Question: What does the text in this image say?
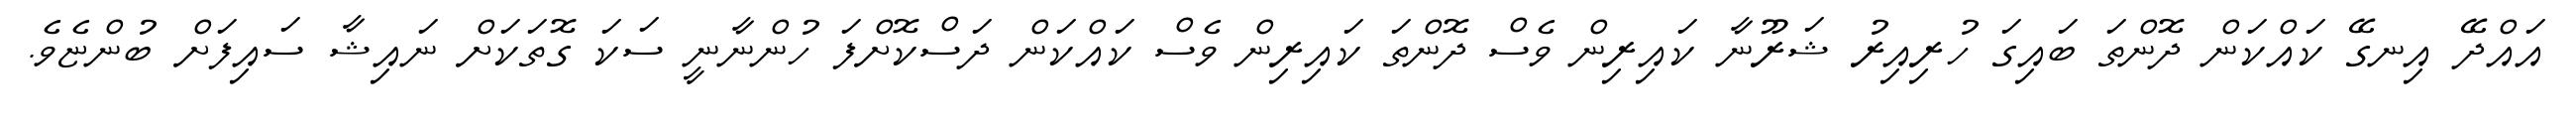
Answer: އައްދޭ އިނގޭ ކައްކަން ދޮންތަ ބައިގަ ހުރިއިރު ޝަރޫނާ ކައިރިން ވެސް ދޮންތަ ކައިރިން ވެސް ކައްކަން ދަސްކޮށްފަ ހުންނާނީ ސަކަ ގޮތަކަށް ނައިޝާ ސައިފަށް ބުންޏެވެ.